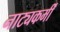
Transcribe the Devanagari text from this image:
नाट्यकर्मीं